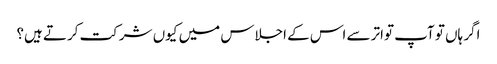
اگر ہاں تو آپ تواتر سے اس کے اجلاس میں کیوں شرکت کرتے ہیں؟